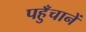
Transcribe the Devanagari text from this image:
पहुँचानें